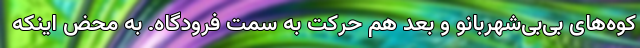
کوه‌های بی‌بی‌شهربانو و بعد هم حرکت به سمت فرودگاه. به محض اینکه